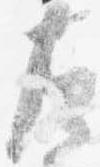
左